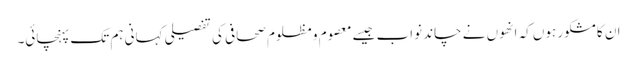
ان کا مشکور ہوں کہ انھوں نے چاند نواب جیسے معصوم و مظلوم صحافی کی تفصیلی کہانی ہم تک پہنچائی۔